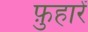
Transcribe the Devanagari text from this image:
फ़ुहारें